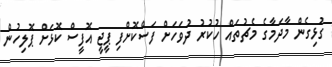
ގުޅިގެން މާދަމާގެ މެޗުތައް ހުކުރު ދުވަހަށް ފަސްކޮށްފި ޕީޖީ އޮފީސް ކޮޅަށް ޕޮލިހުން